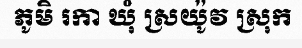
ភូមិ រកា ឃុំ ស្រយ៉ូវ ស្រុក